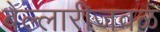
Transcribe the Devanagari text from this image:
बेल्लारीजवळ